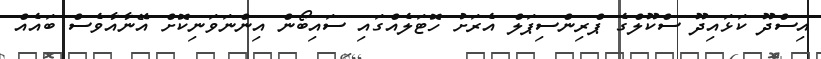
އިސްދޫ ކަޅައިދޫ ސްކޫލްގެ ޕްރިންސިޕަލް އެރަށު ހޮޓަލެއްގައި ސައިބޯން އިންނަވަނިކޮށް އޭނާއާވެސް ބައެއް